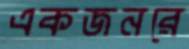
একজনরে